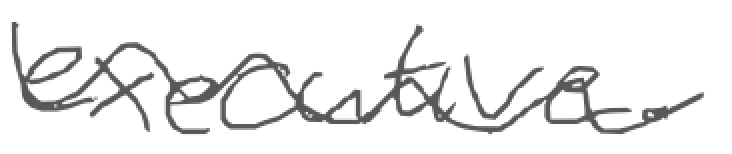
Text: executive.
Cross-out: wave
Writing tool: pencil